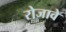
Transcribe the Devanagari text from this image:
रोजावे